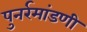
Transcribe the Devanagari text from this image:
पुनर्रमांडणी